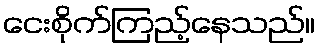
ငေးစိုက်ကြည့်နေသည်။